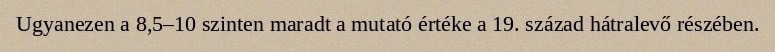
Ugyanezen a 8,5–10 szinten maradt a mutató értéke a 19. század hátralevő részében.